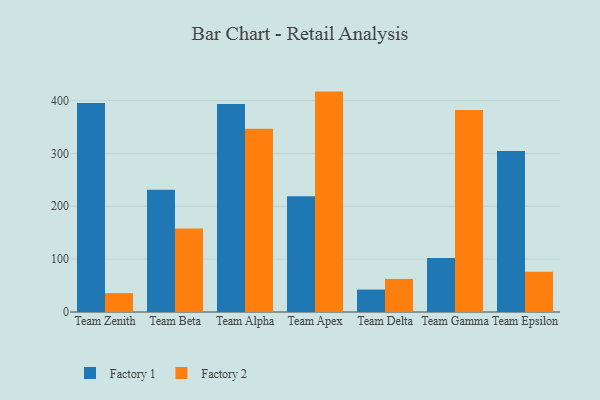
{"axis": {"x": "Team", "y": "Satisfaction Score"}, "legend": ["Factory 1", "Factory 2"], "data": [{"x": "Team Zenith", "y": 395.2, "type": "Factory 1"}, {"x": "Team Zenith", "y": 35.7, "type": "Factory 2"}, {"x": "Team Beta", "y": 231.1, "type": "Factory 1"}, {"x": "Team Beta", "y": 157.9, "type": "Factory 2"}, {"x": "Team Alpha", "y": 393.3, "type": "Factory 1"}, {"x": "Team Alpha", "y": 346.4, "type": "Factory 2"}, {"x": "Team Apex", "y": 219.1, "type": "Factory 1"}, {"x": "Team Apex", "y": 416.9, "type": "Factory 2"}, {"x": "Team Delta", "y": 42.4, "type": "Factory 1"}, {"x": "Team Delta", "y": 62.6, "type": "Factory 2"}, {"x": "Team Gamma", "y": 102.3, "type": "Factory 1"}, {"x": "Team Gamma", "y": 382.1, "type": "Factory 2"}, {"x": "Team Epsilon", "y": 304.5, "type": "Factory 1"}, {"x": "Team Epsilon", "y": 76.0, "type": "Factory 2"}]}